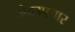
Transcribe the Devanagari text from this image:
जैवउपचार